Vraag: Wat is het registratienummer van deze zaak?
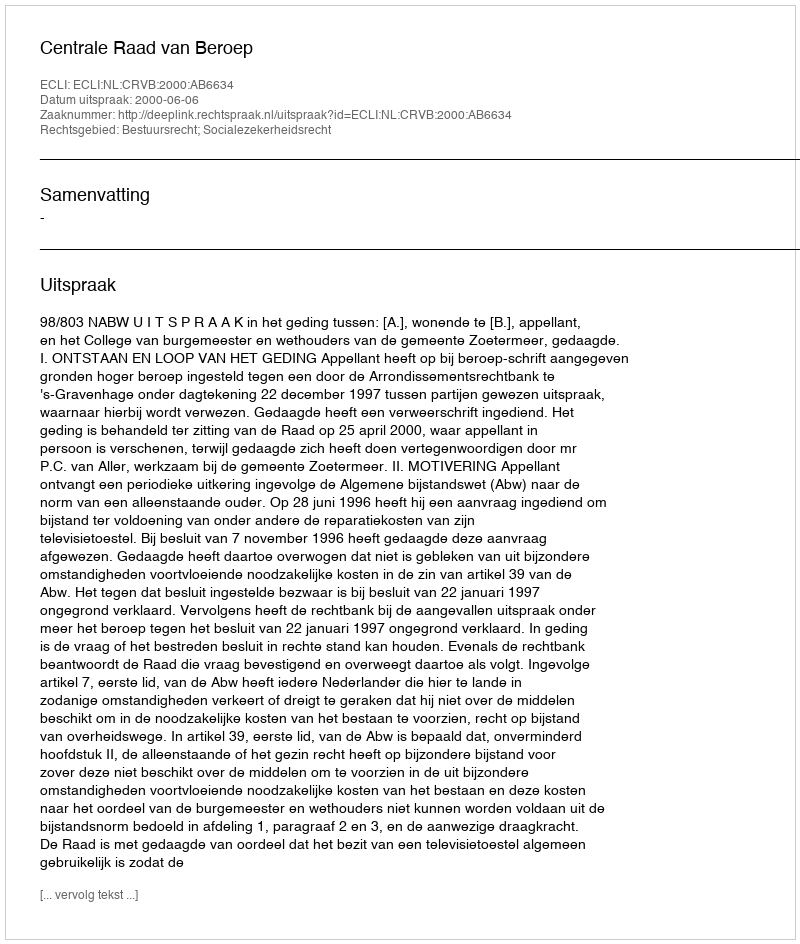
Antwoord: http://deeplink.rechtspraak.nl/uitspraak?id=ECLI:NL:CRVB:2000:AB6634